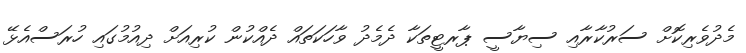
މެދުވެރިކޮށް ސަރުކާރާއި ސިޔާސީ ޕާރޓީތަކާ ދެމެދު ވާހަކަތައް ދެއްކުން ކުރިއަށް ދިއުމުގައި ހުރަސްއެޅޭ